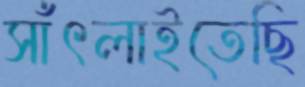
সাঁৎলাইতেছি